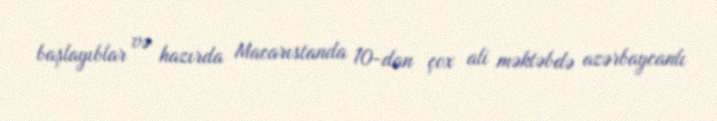
başlayıblar və hazırda Macarıstanda 10-dan çox ali məktəbdə azərbaycanlı